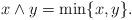
LaTeX: \begin{align*} x\wedge y =\min \{x,y\}.\end{align*}